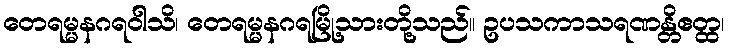
တေရမ္မနဂရဝါသိ၊ တေရမ္မနဂရမြို့သားတို့သည်။ ဥပသကာသရဏန္တိဧတ္ထ၊